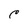
Character: c